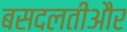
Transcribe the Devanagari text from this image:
बसदलतीऔर